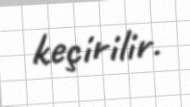
keçirilir.